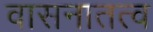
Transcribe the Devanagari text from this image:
वासनातत्व